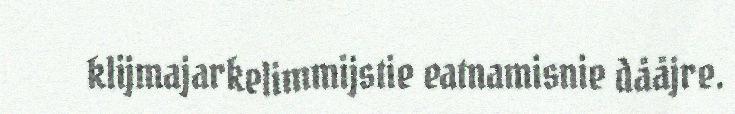
klijmajarkelimmijstie eatnamisnie dååjre.